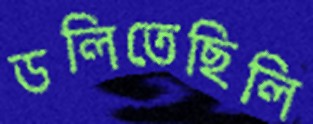
ডলিতেছিলি